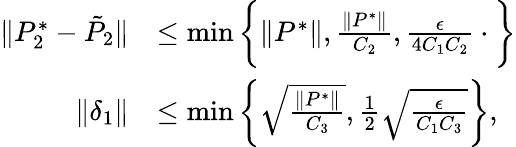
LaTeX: \begin{array}{rl}{\| P_{2}^{*}-\tilde{P}_{2}\| }&{\leq\operatorname*{min}\bigg\{ \| P^{*}\| ,\frac{\| P^{*}\| }{C_{2}},\frac{\epsilon}{4C_{1}C_{2}}\cdot\bigg\} }\\ {\| \delta_{1}\| }&{\leq\operatorname*{min}\bigg\{ \sqrt{\frac{\| P^{*}\| }{C_{3}}},\frac{1}{2}\sqrt{\frac{\epsilon}{C_{1}C_{3}}}\bigg\} ,}\end{array}